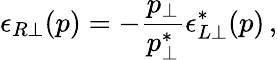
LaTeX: \epsilon_{R\perp}(p)=-{\frac{p_{\perp}}{p_{\perp}^{*}}}\epsilon_{L\perp}^{*}(p)\, ,